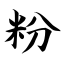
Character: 粉